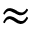
\approx